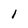
Character: l